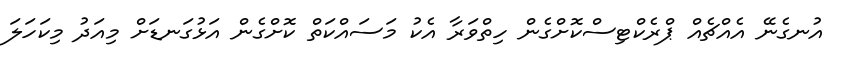
އުނގެނޭ އެއްޗެއް ޕްރެކްޓިސްކޮށްގެން ހިތްވަރާ އެކު މަސައްކަތް ކޮށްގެން އަޅުގަނޑަށް މިއަދު މިކަހަލަ